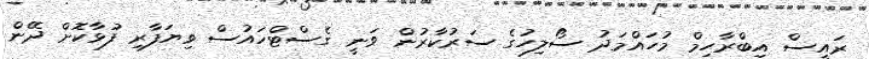
ރައީސް އިބްރާހިމް މުހައްމަދު ސޯލިހުގެ ސަރުކާރުން ވަނީ ގެސްޓްހައުސް ވިޔަފާރި ފުޅާކޮށް ދޭން